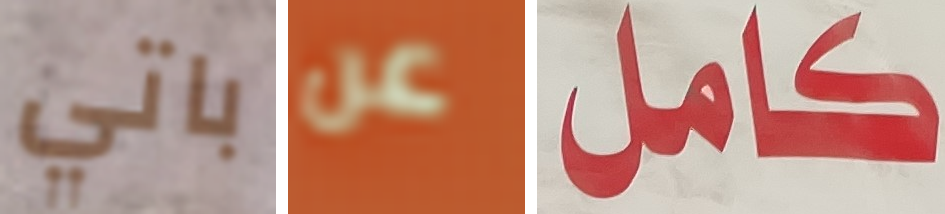
باتي عن كامل